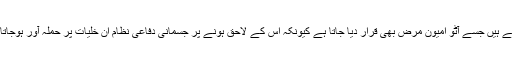
دنیا بھر میں 7 کروڑ افراد اس مرض کا شکار ہوچکے ہیں جسے آٹو امیون مرض بھی قرار دیا جاتا ہے کیونکہ اس کے لاحق ہونے پر جسمانی دفاعی نظام ان خلیات پر حملہ آور ہوجاتا ہے جو جلدی رنگت بحال رکھنے کا کام کرتے ہیں۔